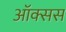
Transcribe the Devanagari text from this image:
ऑक्सस